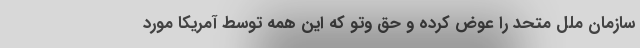
سازمان ملل متحد را عوض کرده و حق وتو که این همه توسط آمریکا مورد